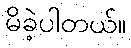
မိခဲ့ပါတယ်။